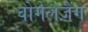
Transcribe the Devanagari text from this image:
वोगेलज़ैंग